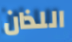
اللذان